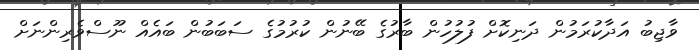
ވާޖިބު އަދާކުރަމުން ދަނިކޮށް ފުލުހުން ބާރުގެ ބޭނުން ކުރުމުގެ ސަބަބުން ބައެއް ނޫސްވެރިންނަށް